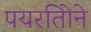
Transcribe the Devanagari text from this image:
पयरतिोने